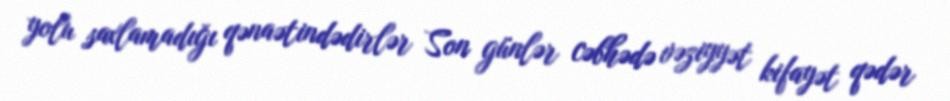
yolu saxlamadığı qənaətindədirlər Son günlər cəbhədə vəziyyət kifayət qədər